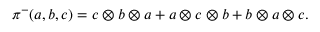
\pi ^ { - } ( a , b , c ) = c \otimes b \otimes a + a \otimes c \otimes b + b \otimes a \otimes c .